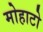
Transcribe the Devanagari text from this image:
मोहाटो